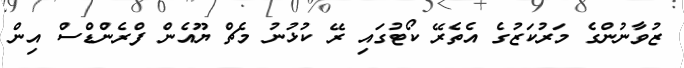
ޒުވާނުންގެ މަރުކަޒުގެ އެތެރޭ ކޯޓުގައި ރޭ ކުޅުނު މެޗް ޔޫއެން ފްރެންޑްސް އިން